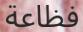
فظاعة